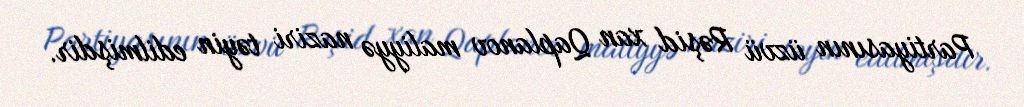
Partiyasının üzvü Rəşid xan Qaplanov maliyyə naziri təyin edilmişdir.